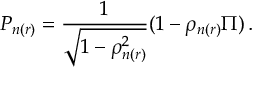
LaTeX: P _ { n ( r ) } = \frac { 1 } { \sqrt { 1 - \rho _ { n ( r ) } ^ { 2 } } } ( 1 - \rho _ { n ( r ) } \Pi ) \, .